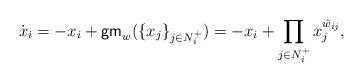
LaTeX: \begin{align*}\dot{x}_i=-x_i+\mathsf{gm}_w(\{x_j\}_{j\in N_i^+})=-x_i + \prod_{j\in N_i^+}x_j^{\hat{w}_{ij}},\end{align*}